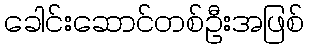
ခေါင်းဆောင်တစ်ဦးအဖြစ်